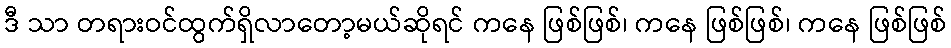
ဒီ သာ တရားဝင်ထွက်ရှိလာတော့မယ်ဆိုရင် ကနေ ဖြစ်ဖြစ်၊ ကနေ ဖြစ်ဖြစ်၊ ကနေ ဖြစ်ဖြစ်